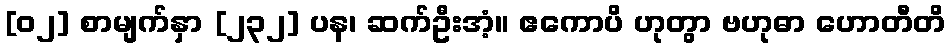
[၀၂] စာမျက်နှာ [၂၃၂] ပန၊ ဆက်ဦးအံ့။ ဧကောပိ ဟုတွာ ဗဟုဓာ ဟောတီတိ